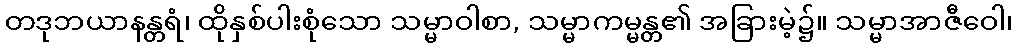
တဒုဘယာနန္တရံ၊ ထိုနှစ်ပါးစုံသော သမ္မာဝါစာ, သမ္မာကမ္မန္တ၏ အခြားမဲ့၌။ သမ္မာအာဇီဝေါ၊